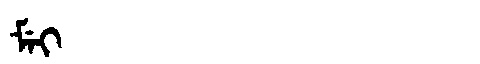
Manchu: ᠮᡝᡳ
Romanization: MEI